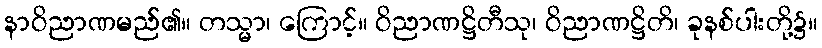
နာဝိညာဏမည်၏။ တသ္မာ၊ ကြောင့်။ ဝိညာဏဋ္ဌိတီသု၊ ဝိညာဏဋ္ဌိတိ၊ ခုနစ်ပါးတို့၌။